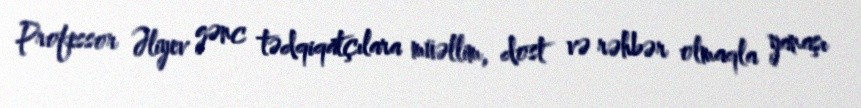
Professor Əliyev gənc tədqiqatçılara müəllim, dost və rəhbər olmaqla yanaşı